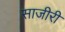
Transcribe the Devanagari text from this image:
साजीरी